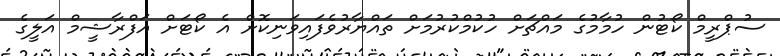
ސުޕްރީމް ކޯޓުން ހުމާމުގެ މައްޗަށް ހުކުމްކުރުމަށް ތައްޔާރުވެފައިވަނިކޮށް އެ ކޯޓަށް އަފްރާޝީމް އަލީގެ